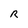
Character: R